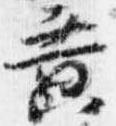
黄